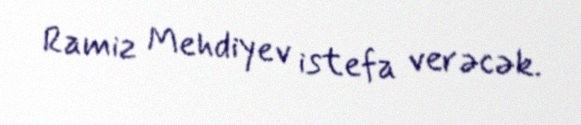
Ramiz Mehdiyev istefa verəcək.